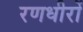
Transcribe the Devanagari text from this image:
रणधीरों